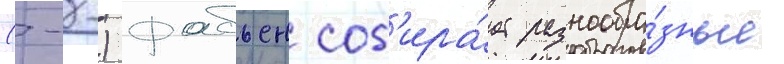
(--) фабьен соб'ира́ет разнообра́зные